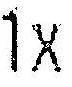
1X